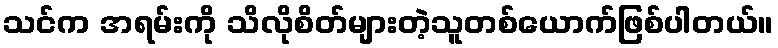
သင်က အရမ်းကို သိလိုစိတ်များတဲ့သူတစ်ယောက်ဖြစ်ပါတယ်။